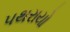
પથરાયો